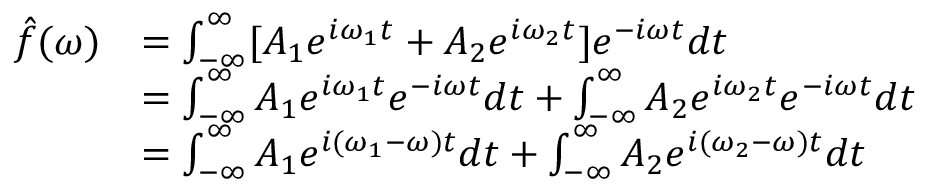
{ \begin{array} { r l } { { \hat { f } } ( \omega ) } & { = \int _ { - \infty } ^ { \infty } [ A _ { 1 } e ^ { i \omega _ { 1 } t } + A _ { 2 } e ^ { i \omega _ { 2 } t } ] e ^ { - i \omega t } d t } \\ & { = \int _ { - \infty } ^ { \infty } A _ { 1 } e ^ { i \omega _ { 1 } t } e ^ { - i \omega t } d t + \int _ { - \infty } ^ { \infty } A _ { 2 } e ^ { i \omega _ { 2 } t } e ^ { - i \omega t } d t } \\ & { = \int _ { - \infty } ^ { \infty } A _ { 1 } e ^ { i ( \omega _ { 1 } - \omega ) t } d t + \int _ { - \infty } ^ { \infty } A _ { 2 } e ^ { i ( \omega _ { 2 } - \omega ) t } d t } \end{array} }